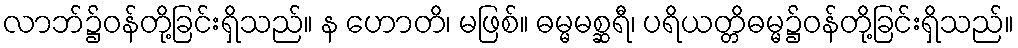
လာဘ်၌ဝန်တို့ခြင်းရှိသည်။ န ဟောတိ၊ မဖြစ်။ ဓမ္မမစ္ဆရီ၊ ပရိယတ္တိဓမ္မ၌ဝန်တို့ခြင်းရှိသည်။